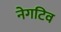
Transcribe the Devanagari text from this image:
नेगटिव